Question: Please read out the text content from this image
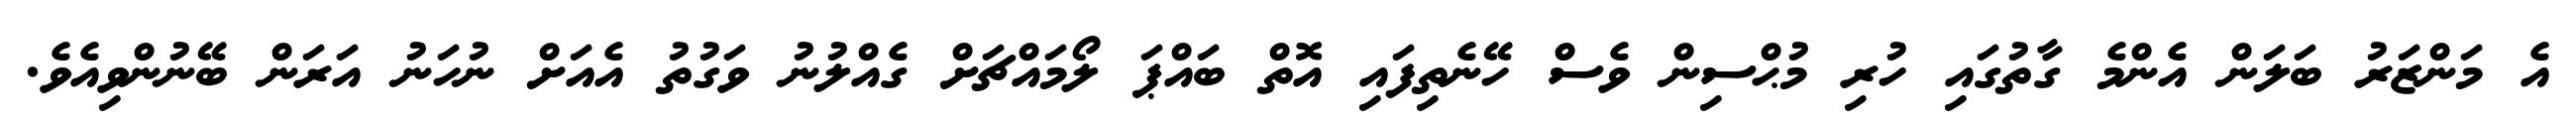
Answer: އެ މަންޒަރު ބަލަން އެންމެ ގާތުގައި ހުރި މުޙްސިން ވެސް ހޭނެތިފައި އޮތް ބައްޕަ ލޯމައްޗަށް ގެއްލުނު ވަގުތު އެއަށް ނުހަނު އަރަން ބޭނުންވިއެވެ.